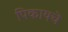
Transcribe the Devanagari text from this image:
पिकायचे